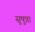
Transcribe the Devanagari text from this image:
सुषुन्ना